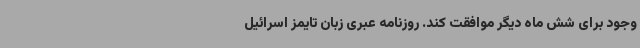
وجود برای شش ماه دیگر موافقت کند. روزنامه عبری زبان تایمز اسرائیل